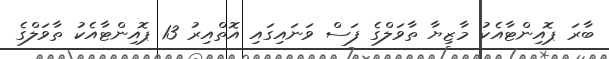
ބާރަ ޕޮއިންޓާއެކު މާޒިޔާ ތާވަލްގެ ފަސް ވަަނައިގައި އޮތްއިރު 13 ޕޮއިންޓާއެކު ތާވަލްގެ